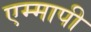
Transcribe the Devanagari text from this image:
एम्मापी